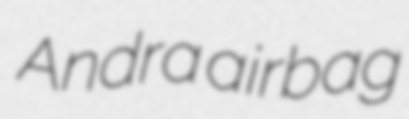
Andra airbag